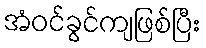
အံဝင်ခွင်ကျဖြစ်ပြီး